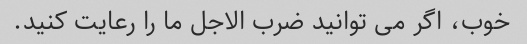
خوب، اگر می توانید ضرب الاجل ما را رعایت کنید.